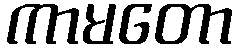
ကာမတော